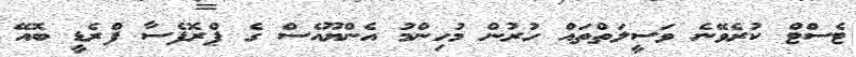
ޓެސްޓް ކުރެވޭނެ ވަސީލަތްތައް ހުރުން މުހިންމު އެންޔޫއެސް ގެ ޕްރޮފެސާ ފްރެޑީ ބޮއޭ